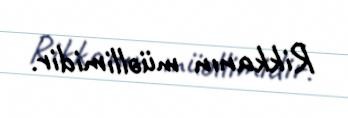
Rikkanın müəllimidir.